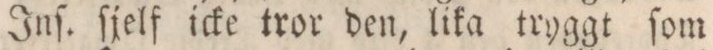
Inſ. ſjelf icke tror den, lika tryggt ſom